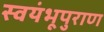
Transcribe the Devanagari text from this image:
स्वयंभूपुराण